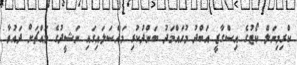
ކްރިމިނަލް ކޯޓުގެ އިސްގާޒީ އަބްދު މުހައްމަދު ބަންދުކުރި މައްސަލައިގައި ނަޝީދުގެ މައްޗަށް ދައުވާ